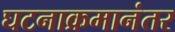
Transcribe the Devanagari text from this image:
घटनाक्रमानंतर